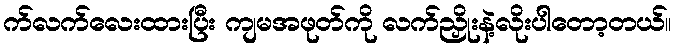
က်လက်လေးထားပြီး ကျမအဖုတ်ကို လက်ညှိုးနဲ့လိုးပါတော့တယ်။